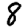
Digit: 8